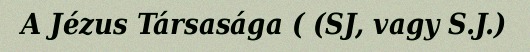
A Jézus Társasága ( (SJ, vagy S.J.)